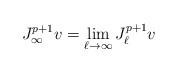
\begin{align*} J^{p+1}_\infty v = \lim_{\ell\rightarrow\infty}J_\ell^{p+1} v\end{align*}